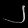
Digit: ၂